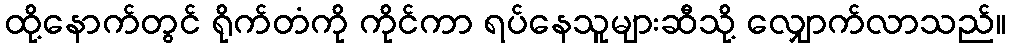
ထို့နောက်တွင် ရိုက်တံကို ကိုင်ကာ ရပ်နေသူများဆီသို့ လျှောက်လာသည်။